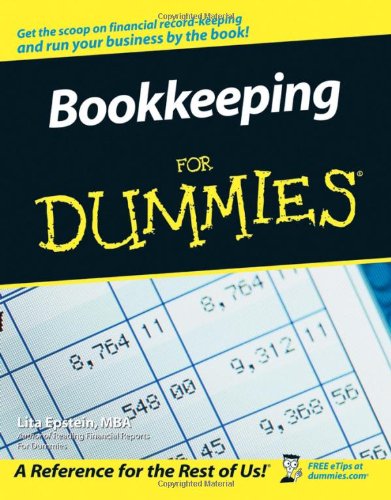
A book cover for Bookkeeping For Dummies; Lita Epstein; Business & Money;